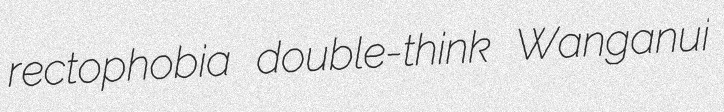
rectophobia double-think Wanganui